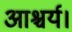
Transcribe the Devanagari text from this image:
आश्चर्य।